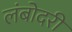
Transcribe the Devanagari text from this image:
लंबोदरी